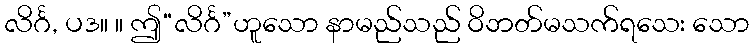
လိင်္ဂ, ပဒ။ ။ ဤ“လိင်္ဂ”ဟူသော နာမည်သည် ဝိဘတ်မသက်ရသေး သော